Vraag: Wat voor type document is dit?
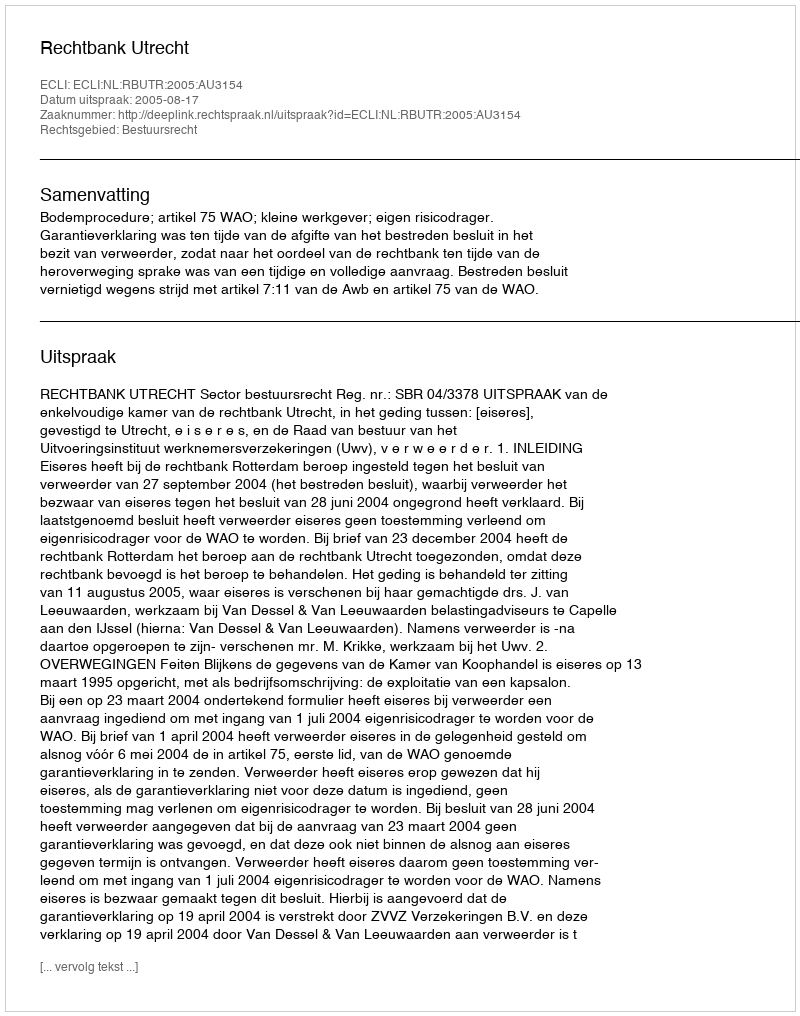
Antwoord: Uitspraak